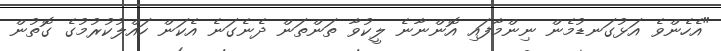
"އެހެންވެ އަޅުގަނޑުމެން ނިންމާފައި އޮންނާނެ ލީކުވާ ތަންތަން ދެނެގަނެ އެކަން ހައްލުކުރުމުގެ ގޮތުން